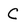
Character: C